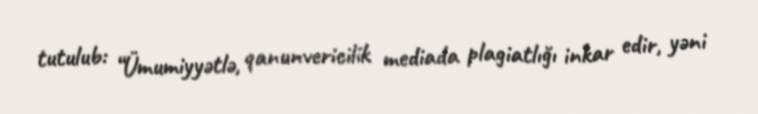
tutulub: “Ümumiyyətlə, qanunvericilik mediada plagiatlığı inkar edir, yəni